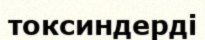
токсиндерді